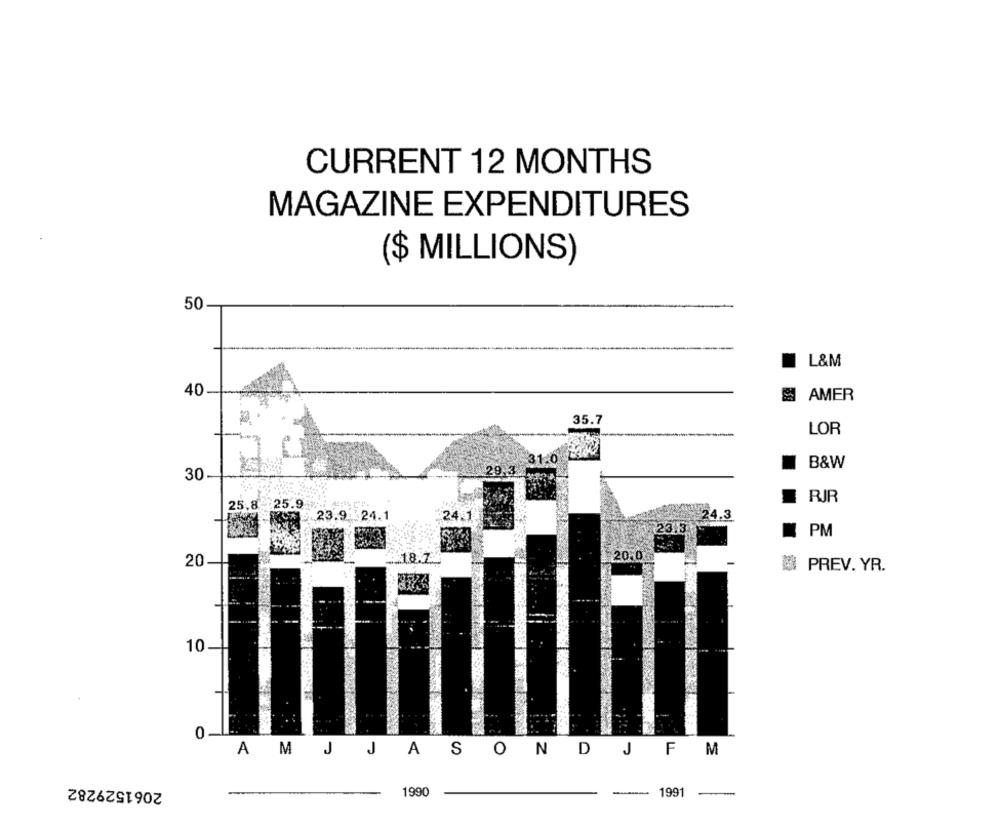
CURRENT 12 MONTHS
MAGAZINE EXPENDITURES
($ MILLIONS)
50
--
L&M
40
AMER
35.7
LOR
1.0
B&W
29.3
30-
RIR
25.8 25.9
24.3
23.9 24.1
24.1
2313
PM
20
20.0
@ PREV. YR.
10
0
AM J JASONDJFM
2061529282
1990
1991